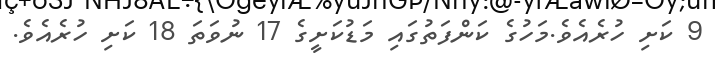
9 ކަށި ހުރެއެވެ.މަހުގެ ކަންފަތުގައި މަޑުކަށީގެ 17 ނުވަތަ 18 ކަށި ހުރެއެވެ.